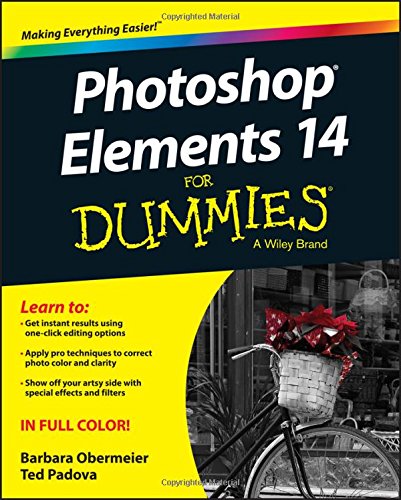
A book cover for Photoshop Elements 14 For Dummies; Barbara Obermeier; Computers & Technology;